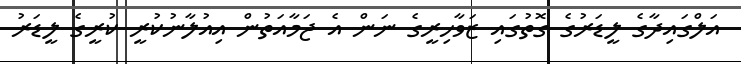
އަލްގައިދާގެ ލީޑަރުގެ ގޮތުގައި ޒަވާހިރީގެ ނަން އެ ޖަމާއަތުން އިއުލާނުކުރީ ކުރީގެ ލީޑަރު